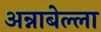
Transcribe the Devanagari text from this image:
अन्नाबेल्ला